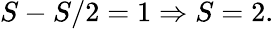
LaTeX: S-S/2=1\Rightarrow S=2.